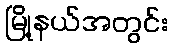
မြို့နယ်အတွင်း